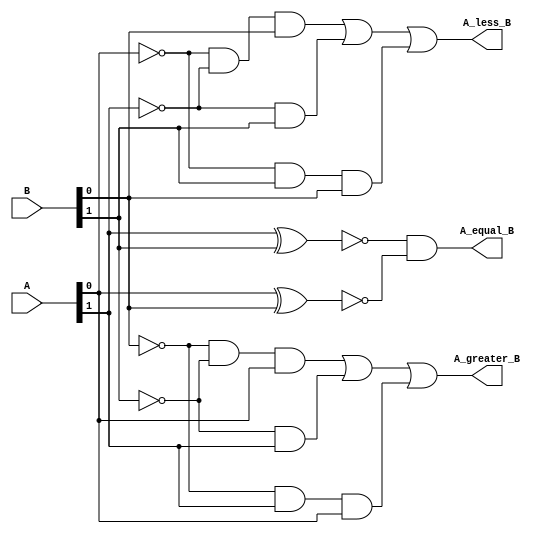
`timescale 1ns / 1ps
//////////////////////////////////////////////////////////////////////////////////
// Company: 
// Engineer: 
// 
// Design Name: 
// Module Name: two_bit_comparator
// Project Name: 
// Target Devices: 
// Tool Versions: 
// Description: 
// 
// Dependencies: 
// 
// Revision:
// Revision 0.01 - File Created
// Additional Comments:
// 
//////////////////////////////////////////////////////////////////////////////////

// Asad Majeed 
// 041-18-0037

 module two_bit_comparator(input [1:0] A,B, output A_less_B, A_equal_B, A_greater_B);  
 wire tmp1,tmp2,tmp3,tmp4,tmp5, tmp6, tmp7, tmp8;  
 
 // A = B output   
 xnor u1(tmp1,A[1],B[1]);  
 xnor u2(tmp2,A[0],B[0]);  
 and u3(A_equal_B,tmp1,tmp2);
   
 // A less than B output   
 and a1(tmp3, ~A[0],~A[1],B[0]);
 and a2(tmp4, ~A[1],B[1]);  
 and a3(tmp5,~A[0],B[1], B[0]);
 or o1(A_less_B,  tmp3 , tmp4 , tmp5);
 
 
 // A greater than B output   
 and a4(tmp6,~B[0], ~B[1] , A[0]);
 and a5(tmp7, ~B[1], A[1]); 
 and a6(tmp8,  ~B[0], A[1], A[0]);
 or o2(A_greater_B,tmp6 , tmp7 , tmp8 );
  
 endmodule